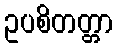
ဥပစိတတ္တာ